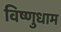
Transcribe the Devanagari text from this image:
विष्णुधाम